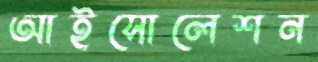
আইসোলেশন